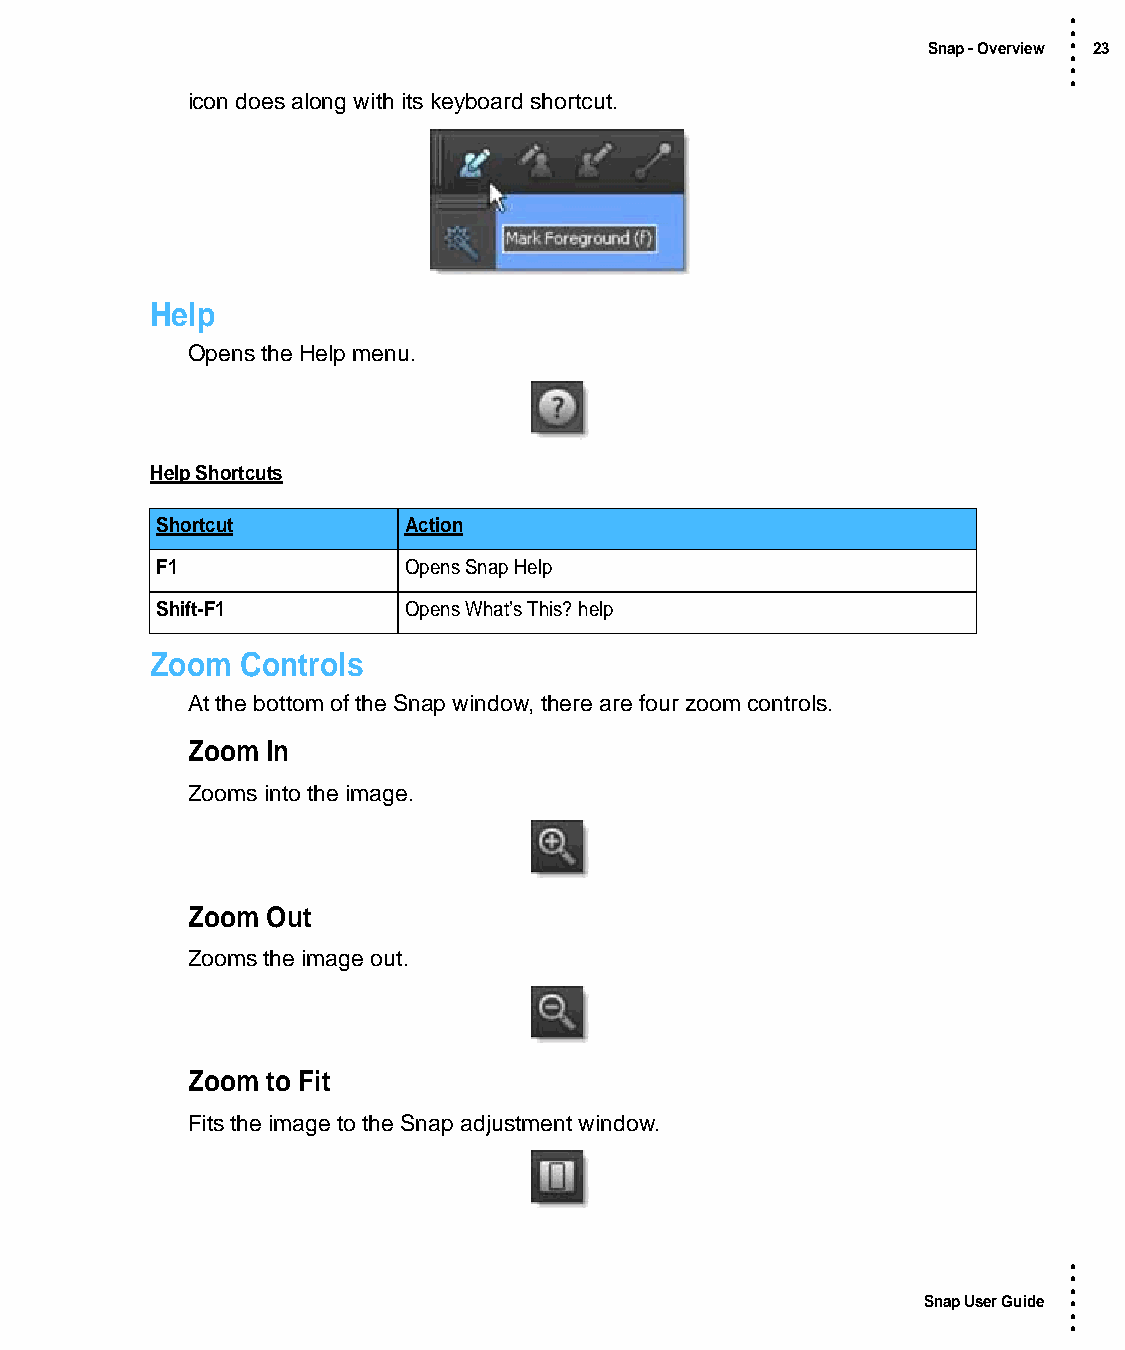
•
 •
 Snap - Overview • 23
 •
 •
 •
 icon does along with its keyboard shortcut.
 Help
 Opens the Help menu.
 Help Shortcuts
 Shortcut         Action
 F1               Opens Snap Help
 Shift-F1         Opens What’s This? help
 Zoom  Controls
 At the bottom of the Snap window, there are four zoom controls.
 Zoom  In
 Zooms into the image.
 Zoom  Out
 Zooms the image out.
 Zoom  to Fit
 Fits the image to the Snap adjustment window.
 •
 •
 •
 Snap User Guide •
 •
 •